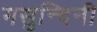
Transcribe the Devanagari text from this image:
मसुन्दिनी